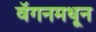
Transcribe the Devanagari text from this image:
वॅगनमधून